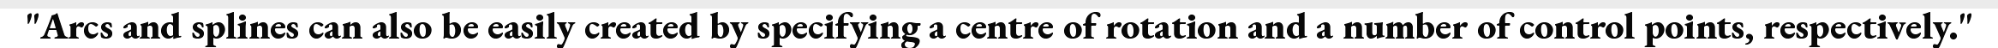
"Arcs and splines can also be easily created by specifying a centre of rotation and a number of control points, respectively."